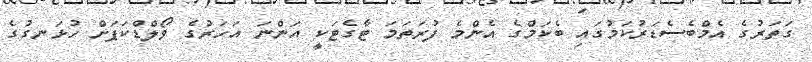
ގަތަރުގެ އެމްބެސެޑަރުކަމުގައި ބެކަމްގެ އެންމެ ފުރަތަމަ ޓާގެޓަކީ އަންނަ އަހަރުގެ ވޯލްޑްކަޕަށް ހުޅަނގުގެ